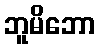
ဘူမိဘော